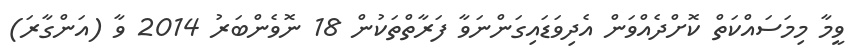
ވީމާ މިމަސައްކަތް ކޮށްދެއްވަން އެދިވަޑައިގަންނަވާ ފަރާތްތަކުން 18 ނޮވެންބަރު 2014 ވާ (އަންގާރަ)